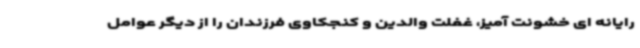
رایانه ای خشونت آمیز، غفلت والدین و کنجکاوی فرزندان را از دیگر عوامل